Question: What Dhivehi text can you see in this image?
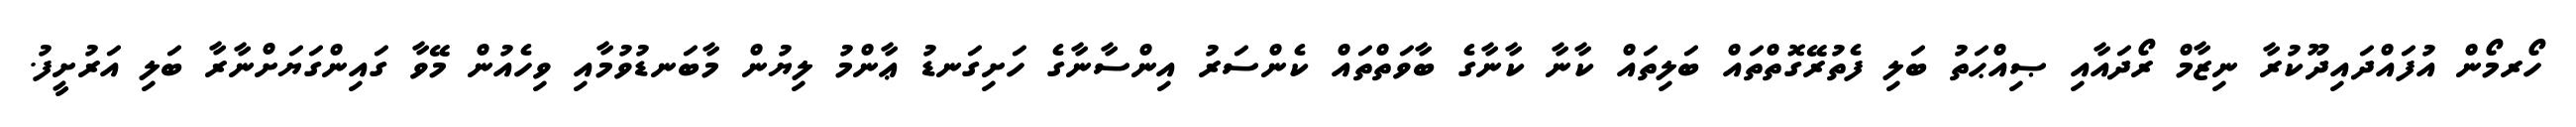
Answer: ހޯރމޯން އުފައްދައިދޫކުރާ ނިޒާމް ރޯދައާއި ޞިއްޙަތު ބަލި ފެތުރޭގޮތްތައް ބަލިތައް ކާނާ ކާނާގެ ބާވަތްތައް ކެންސަރު އިންސާނާގެ ހަށިގަނޑު ޢާންމު ލިޔުން މާބަނޑުވުމާއި ވިހެއުން މޭވާ ގައިންގަޔަށްނާރާ ބަލި އަރުށީފު.